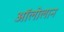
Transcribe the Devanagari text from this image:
अॉलोलान